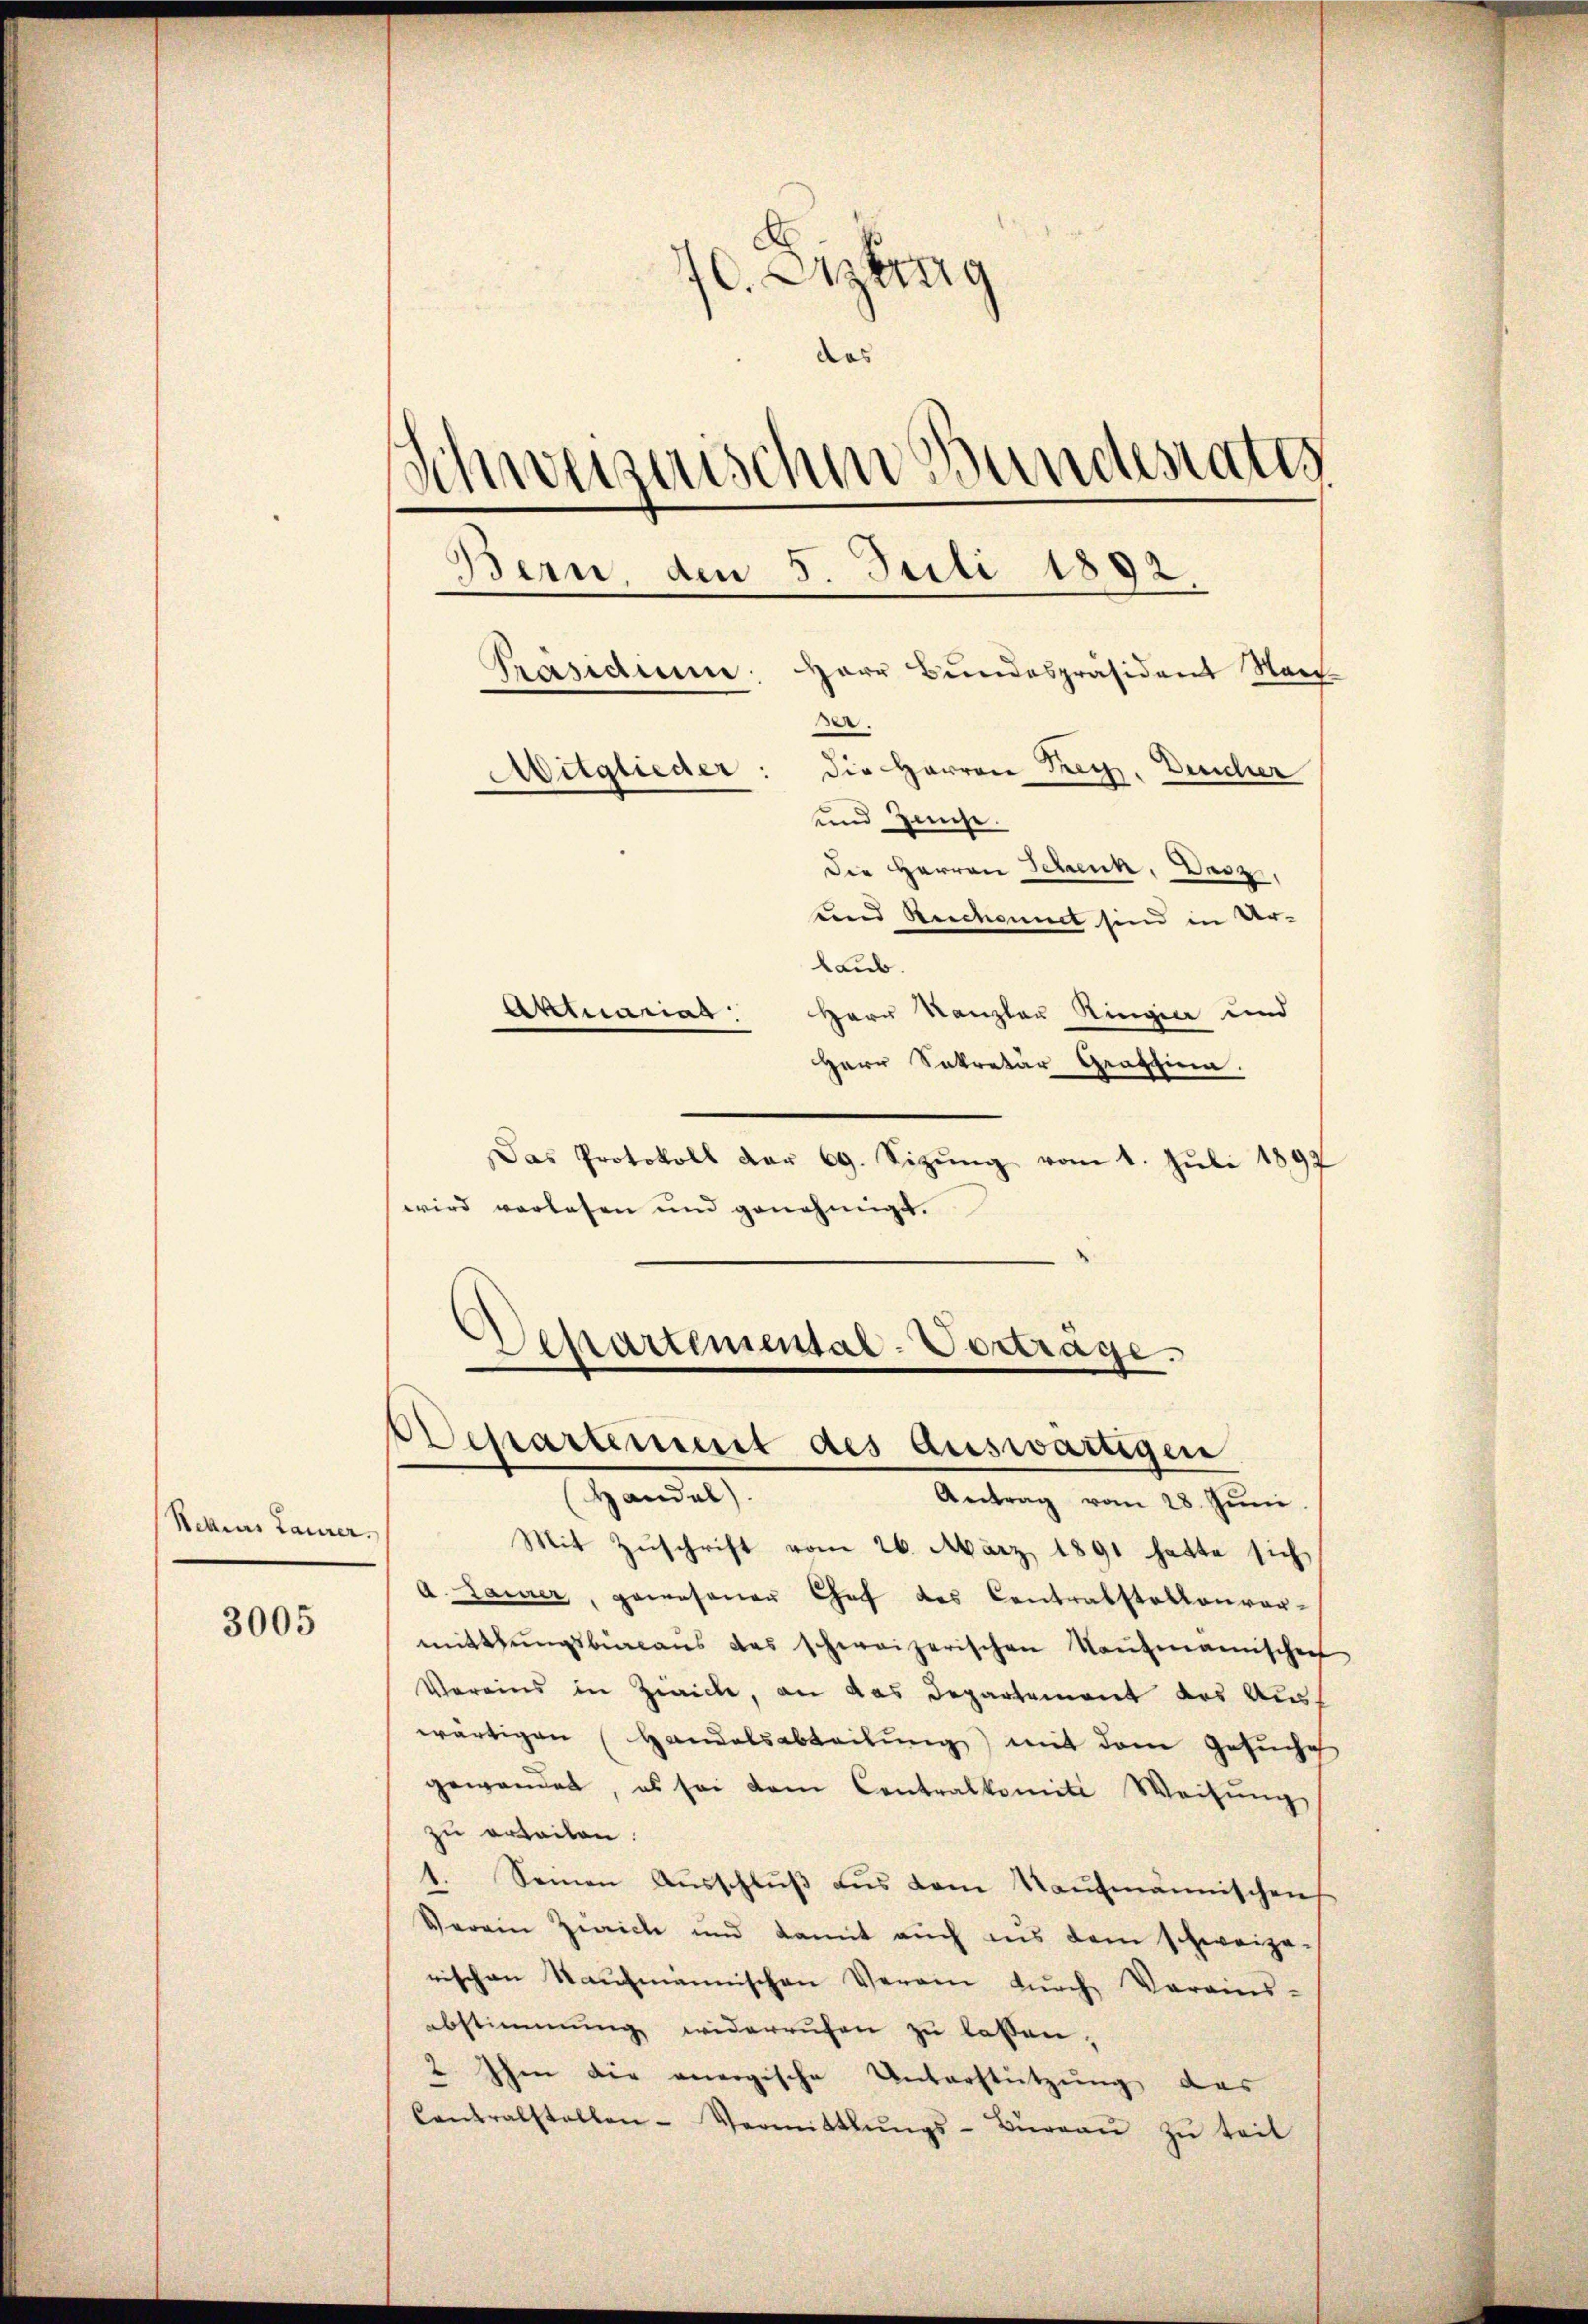
Rehlens Laurer.

3005

E
fl. Erzeug
das
Schweizerischen Bundestatt
Bern, den 5. Juli 1892.
Herr Bundespräsident Nac
Präsidium:
.
die Herren Frey. Deucher
Mitglieder:
und Zinse.

Die Herren Schenk, Vasz,
und Rechannet sind in Ur-
Laub.
Aktuariat
Herr Kanzlau Ringier und
Herr Sekretär Grastina.
Das Protokoll der 69. Sizŭng vom 1. Juli 1891
wird vorlesen und genehmigt.
Departemental-Vertrage.

Achartement des auswärtigen
Handel,

Antrag vom 28. Juni.
Mit Zuschrift vom 26. März 1891 hatte sich
a Laurer, gewesener Chef des Contrabstaltenver-
mitthŭngsbicans das schweizerischen Kaufmannischeef
Vereins in Zieiche, an das Departement das Ausf
wärtigen Handelsabteilung mit dem Gesuche
gewanden, es sei dem Contralkomite Weisŭng
zu erteilen.
1. Seinen Aŭsschlŭβ aŭs dem Kaufmännischen
Verein Zwicke und damit auch ins dem schweize-
rischen Kaufmännischen Verein durch Vereins-
abstimmung widerrufen zŭ lassen,
2 Ihm die anergische Unterstützung des
Contralstellen- Vermittlŭngs-Büreaŭ zŭ teil